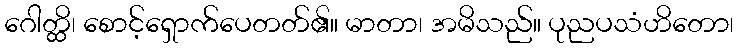
ဂေါတ္ထိ၊ စောင့်ရှောက်ပေတတ်၏။ မာတာ၊ အမိသည်။ ပုညပသံဟိတော၊